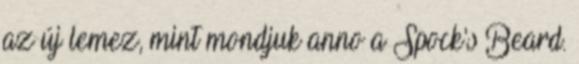
az új lemez, mint mondjuk anno a Spock's Beard.